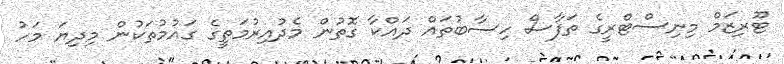
ޓޫރިޒަމް މިނިސްޓްރީގެ ތަފާސް ހިސާބުތައް ދައްކާ ގޮތުން މެދުއިރުމަތީގެ ގައުމުތަކުން މިދިޔަ މަހު